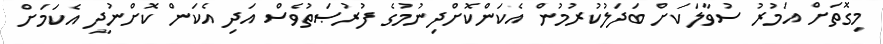
މިގޮތަށް އަމުރު ސުވާލަކަށް ބަދަލުކުރުމުން އެކަންކޮށްދިނުމުގެ ފުރުޞަތުވެސް އަދި އެކަން ކޮށްނުދީ އެކަމަށް